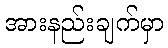
အားနည်းချက်မှာ